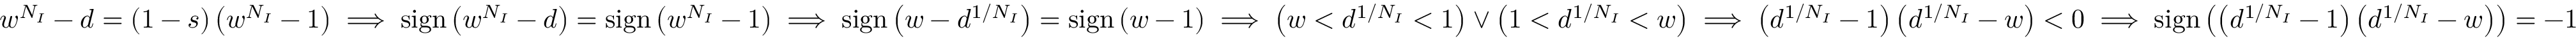
w ^ { N _ { I } } - d = ( 1 - s ) \left( w ^ { N _ { I } } - 1 \right) \implies \mathrm { s i g n } \left( w ^ { N _ { I } } - d \right) = \mathrm { s i g n } \left( w ^ { N _ { I } } - 1 \right) \implies \mathrm { s i g n } \left( w - d ^ { 1 / N _ { I } } \right) = \mathrm { s i g n } \left( w - 1 \right) \implies \left( w < d ^ { 1 / N _ { I } } < 1 \right) \lor \left( 1 < d ^ { 1 / N _ { I } } < w \right) \implies \left( d ^ { 1 / N _ { I } } - 1 \right) \left( d ^ { 1 / N _ { I } } - w \right) < 0 \implies \mathrm { s i g n } \left( \left( d ^ { 1 / N _ { I } } - 1 \right) \left( d ^ { 1 / N _ { I } } - w \right) \right) = - 1